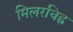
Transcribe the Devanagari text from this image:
मिलरचिह्र